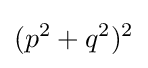
(p^{2}+q^{2})^{2}